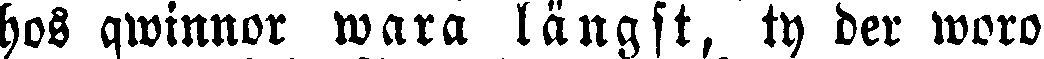
hos qwinnor wara längst, ty der woro